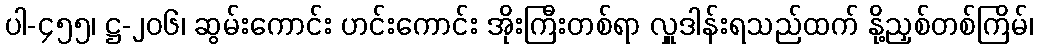
ပါ-၄၅၅၊ ဋ္ဌ-၂၀၆၊ ဆွမ်းကောင်း ဟင်းကောင်း အိုးကြီးတစ်ရာ လှူဒါန်းရသည်ထက် နို့ညှစ်တစ်ကြိမ်၊